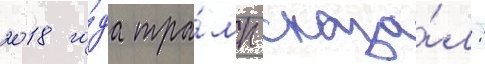
2018 го́да тра́мп сказа́л: